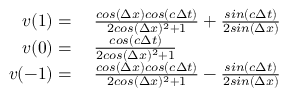
\begin{array} { r l } { v ( 1 ) = { } } & { { } \frac { c o s ( \Delta x ) c o s ( c \Delta t ) } { 2 c o s ( \Delta x ) ^ { 2 } + 1 } + \frac { s i n ( c \Delta t ) } { 2 s i n ( \Delta x ) } } \\ { v ( 0 ) = { } } & { { } \frac { c o s ( c \Delta t ) } { 2 c o s ( \Delta x ) ^ { 2 } + 1 } } \\ { v ( - 1 ) = { } } & { { } \frac { c o s ( \Delta x ) c o s ( c \Delta t ) } { 2 c o s ( \Delta x ) ^ { 2 } + 1 } - \frac { s i n ( c \Delta t ) } { 2 s i n ( \Delta x ) } } \end{array}